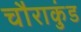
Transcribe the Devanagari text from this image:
चौराकुंड